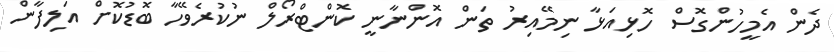
ދެން އެމީހުންގޮސް ހޮޅިއަޅާ ނިމޭއިރު ތަން އޮންނާނީ ކޮންޓްރޯލް ނުކުރެވޭހާ ބޮޑުކޮށް އަލިފާން